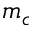
m _ { c }